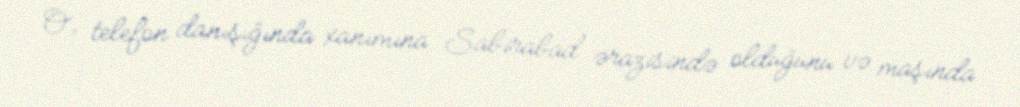
O, telefon danışığında xanımına Sabirabad ərazisində olduğunu və maşında